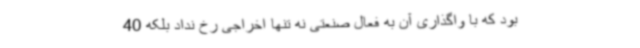
بود که با واگذاری آن به فعال صنعتی نه تنها اخراجی رخ نداد بلکه 40